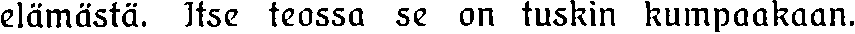
elämästä. Itse teossa se on tuskin kumpaakaan.